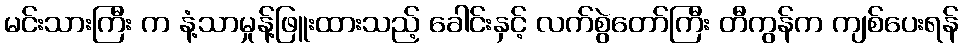
မင်းသားကြီး က နံ့သာမှုန့်ဖြူးထားသည့် ခေါင်းနှင့် လက်စွဲတော်ကြီး တီကွန်က ကျစ်ပေးရန်